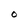
Character: O